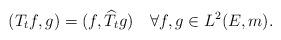
LaTeX: \begin{align*}(T_{t}f,g)=(f,\widehat{T}_{t}g)\quad\forall f,g\in L^{2}(E,m).\end{align*}